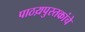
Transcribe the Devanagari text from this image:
पाठय़पुस्तकांचे